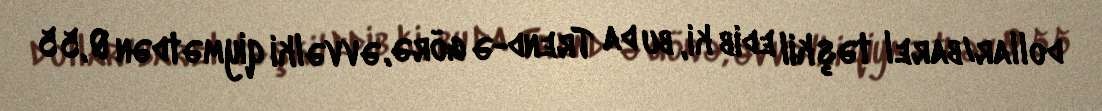
dollar/barel təşkil edib ki, bu da Trend-ə görə, əvvəlki qiymətdən 0,55